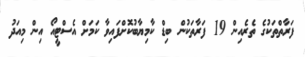
ފަރާތްތަކުގެ ތެރެއިން 19 ފަރާތަކުން ބިޑް ކާމިޔާބުކޮށްފައިވާ ކަމަށް އެސްޓީއޯ އިން މިއަދު